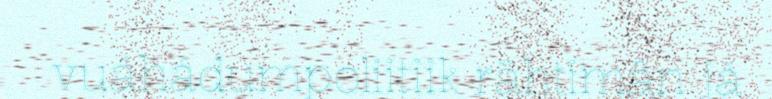
vuáhádumpoliitiik rähtimân já